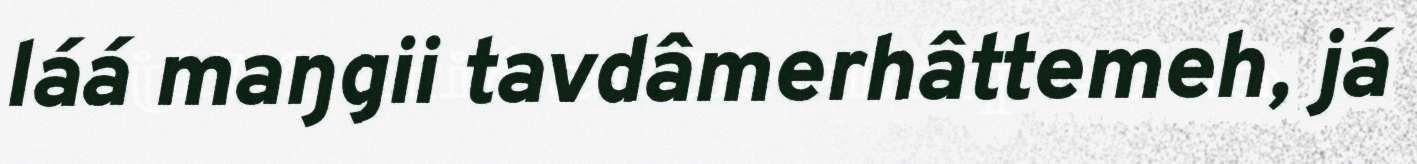
láá maŋgii tavdâmerhâttemeh, já